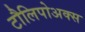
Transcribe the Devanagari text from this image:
टौलिपोअक्स